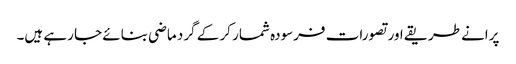
پرانے طریقے اور تصورات فرسودہ شمار کر کے گرد ماضی بنائے جا رہے ہیں۔